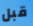
قبل